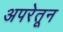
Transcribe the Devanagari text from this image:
अपरेतून